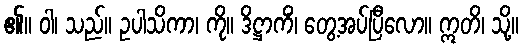
၏။ ဝါ၊ သည်။ ဥပါသိကာ၊ ကို။ ဒိဋ္ဌာကိံ၊ တွေ့အပ်ပြီလော။ ဣတိ၊ သို့။